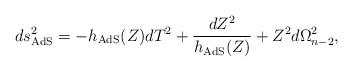
LaTeX: \begin{align*}ds^2_\textrm{AdS}=-h_\textrm{AdS}(Z)dT^2+\frac{dZ^2}{h_\textrm{AdS}(Z)}+Z^2 d\Omega_{n-2}^2,\end{align*}